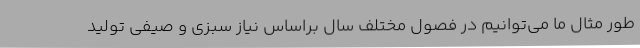
طور مثال ما می‌توانیم در فصول مختلف سال براساس نیاز سبزی و صیفی تولید